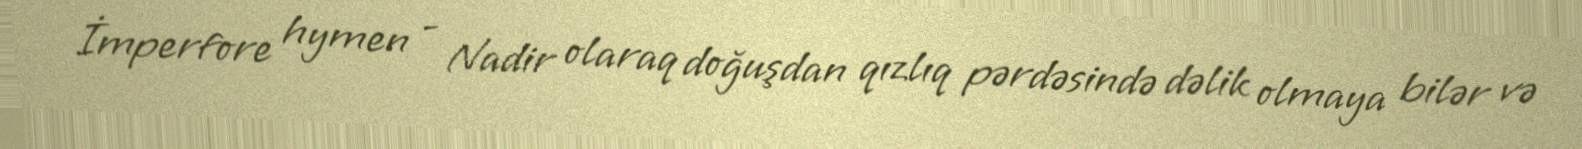
İmperfore hymen - Nadir olaraq doğuşdan qızlıq pərdəsində dəlik olmaya bilər və